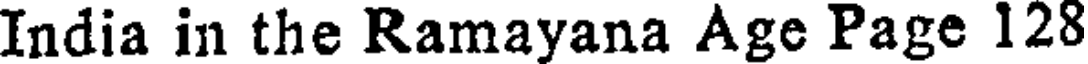
India in the Ramayana Age Page 128